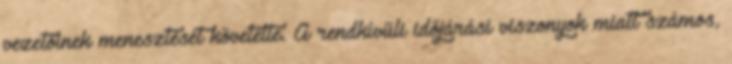
vezetőinek menesztését követelte. A rendkívüli időjárási viszonyok miatt számos,